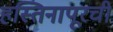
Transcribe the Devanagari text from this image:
हस्तिनापूरची